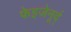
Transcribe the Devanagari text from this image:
फेइजेनूर्द्